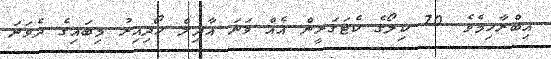
އިބްރާހިމެވެ. 70 ކިލޯގެ ކެޓަގަރީން އެއް ވަނަ އާދިލް ހޯދިއިރު މިބައިގެ ދެވަނަ